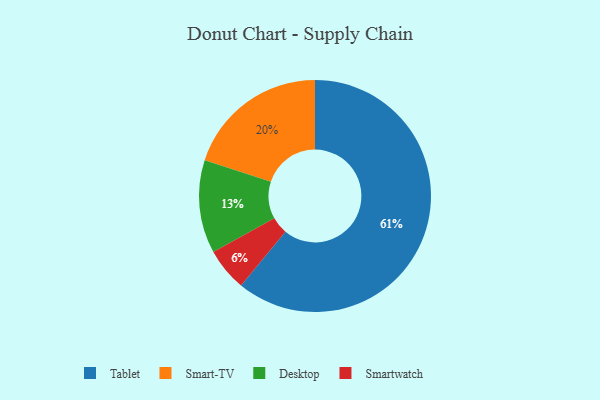
{"axis": {"x": "Category", "y": "Percentage"}, "legend": ["Desktop", "Smart-TV", "Smartwatch", "Tablet"], "data": [{"x": "Tablet", "y": 61, "type": "Tablet"}, {"x": "Smart-TV", "y": 20, "type": "Smart-TV"}, {"x": "Desktop", "y": 13, "type": "Desktop"}, {"x": "Smartwatch", "y": 6, "type": "Smartwatch"}]}